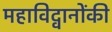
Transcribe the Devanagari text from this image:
महाविद्वानोंकी